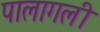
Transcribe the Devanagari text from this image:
पालागली